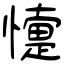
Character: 懥